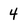
Character: 4